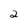
Character: 2